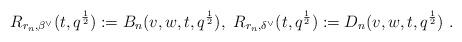
LaTeX: \begin{align*}R_{r_n,\beta^\vee}(t,q^{\frac{1}{2}}):=B_n(v,w,t,q^{\frac{1}{2}}), \ R_{r_n,\delta^\vee}(t,q^{\frac{1}{2}}):=D_n(v,w,t,q^{\frac{1}{2}})\ .\end{align*}